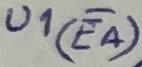
Text: U1(EA)